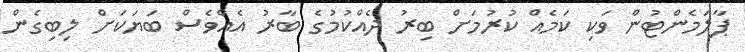
ޕާލަމެންޓުން ވަކި ކަމެއް ކުރުމަށް ބިރު ދެއްކުމުގެ ބާރު އެއްވެސް ބަޔަކަށް ލިބިގެން